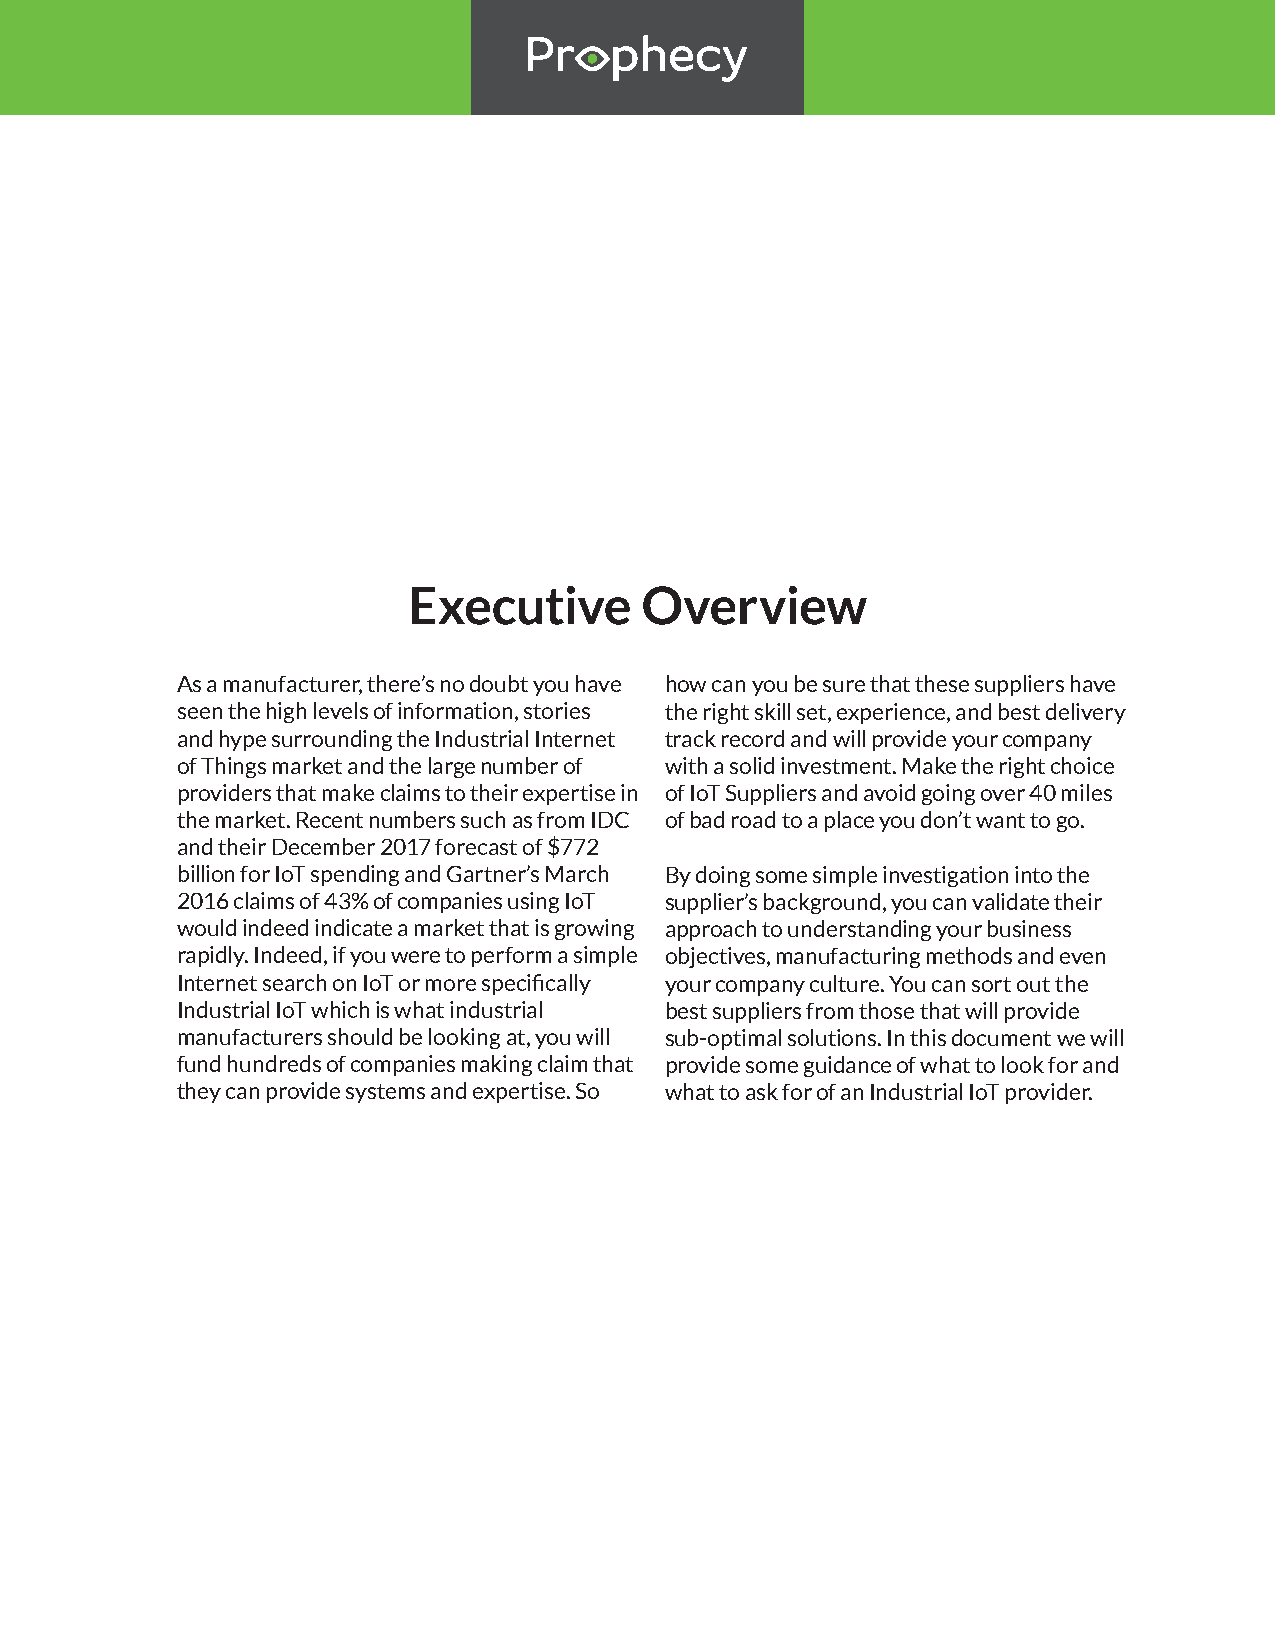
Executive      Overview
 As a manufacturer, there’s no doubt you have how can you be sure that these suppliers have
 seen the high levels of information, stories the right skill set, experience, and best delivery
 and hype surrounding the Industrial Internet track record and will provide your company
 of Things market and the large number of with a solid investment. Make the right choice
 providers that make claims to their expertise in of IoT Suppliers and avoid going over 40 miles
 the market. Recent numbers such as from IDC of bad road to a place you don’t want to go.
 and their December 2017 forecast of $772
 billion for IoT spending and Gartner’s March By doing some simple investigation into the
 2016 claims of 43% of companies using IoT supplier’s background, you can validate their
 would indeed indicate a market that is growing approach to understanding your business
 rapidly. Indeed, if you were to perform a simple objectives, manufacturing methods and even
 Internet search on IoT or more specifically your company culture. You can sort out the
 Industrial IoT which is what industrial best suppliers from those that will provide
 manufacturers should be looking at, you will sub-optimal solutions. In this document we will
 fund hundreds of companies making claim that provide some guidance of what to look for and
 they can provide systems and expertise. So what to ask for of an Industrial IoT provider.